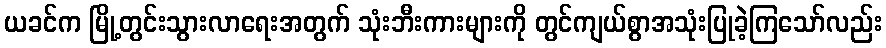
ယခင်က မြို့တွင်းသွားလာရေးအတွက် သုံးဘီးကားများကို တွင်ကျယ်စွာအသုံးပြုခဲ့ကြသော်လည်း